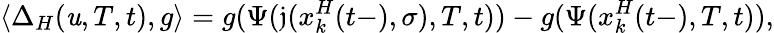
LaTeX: \langle\Delta_{H}(\mathit{u},T,t),g\rangle=g(\Psi(\mathfrak{{j}}(x_{k}^{H}(t-),\sigma),T,t))-g(\Psi(x_{k}^{H}(t-),T,t)),